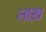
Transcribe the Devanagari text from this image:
लाख़